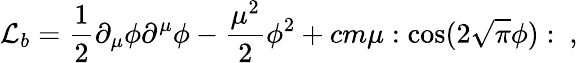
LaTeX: {\cal L}_{b}={\frac{1}{2}}\partial_{\mu}\phi\partial^{\mu}\phi-{\frac{\mu^{2}}{2}}\phi^{2}+cm\mu:\cos(2\sqrt{\pi}\phi):\ ,